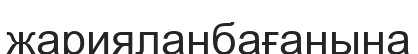
жарияланбағанына